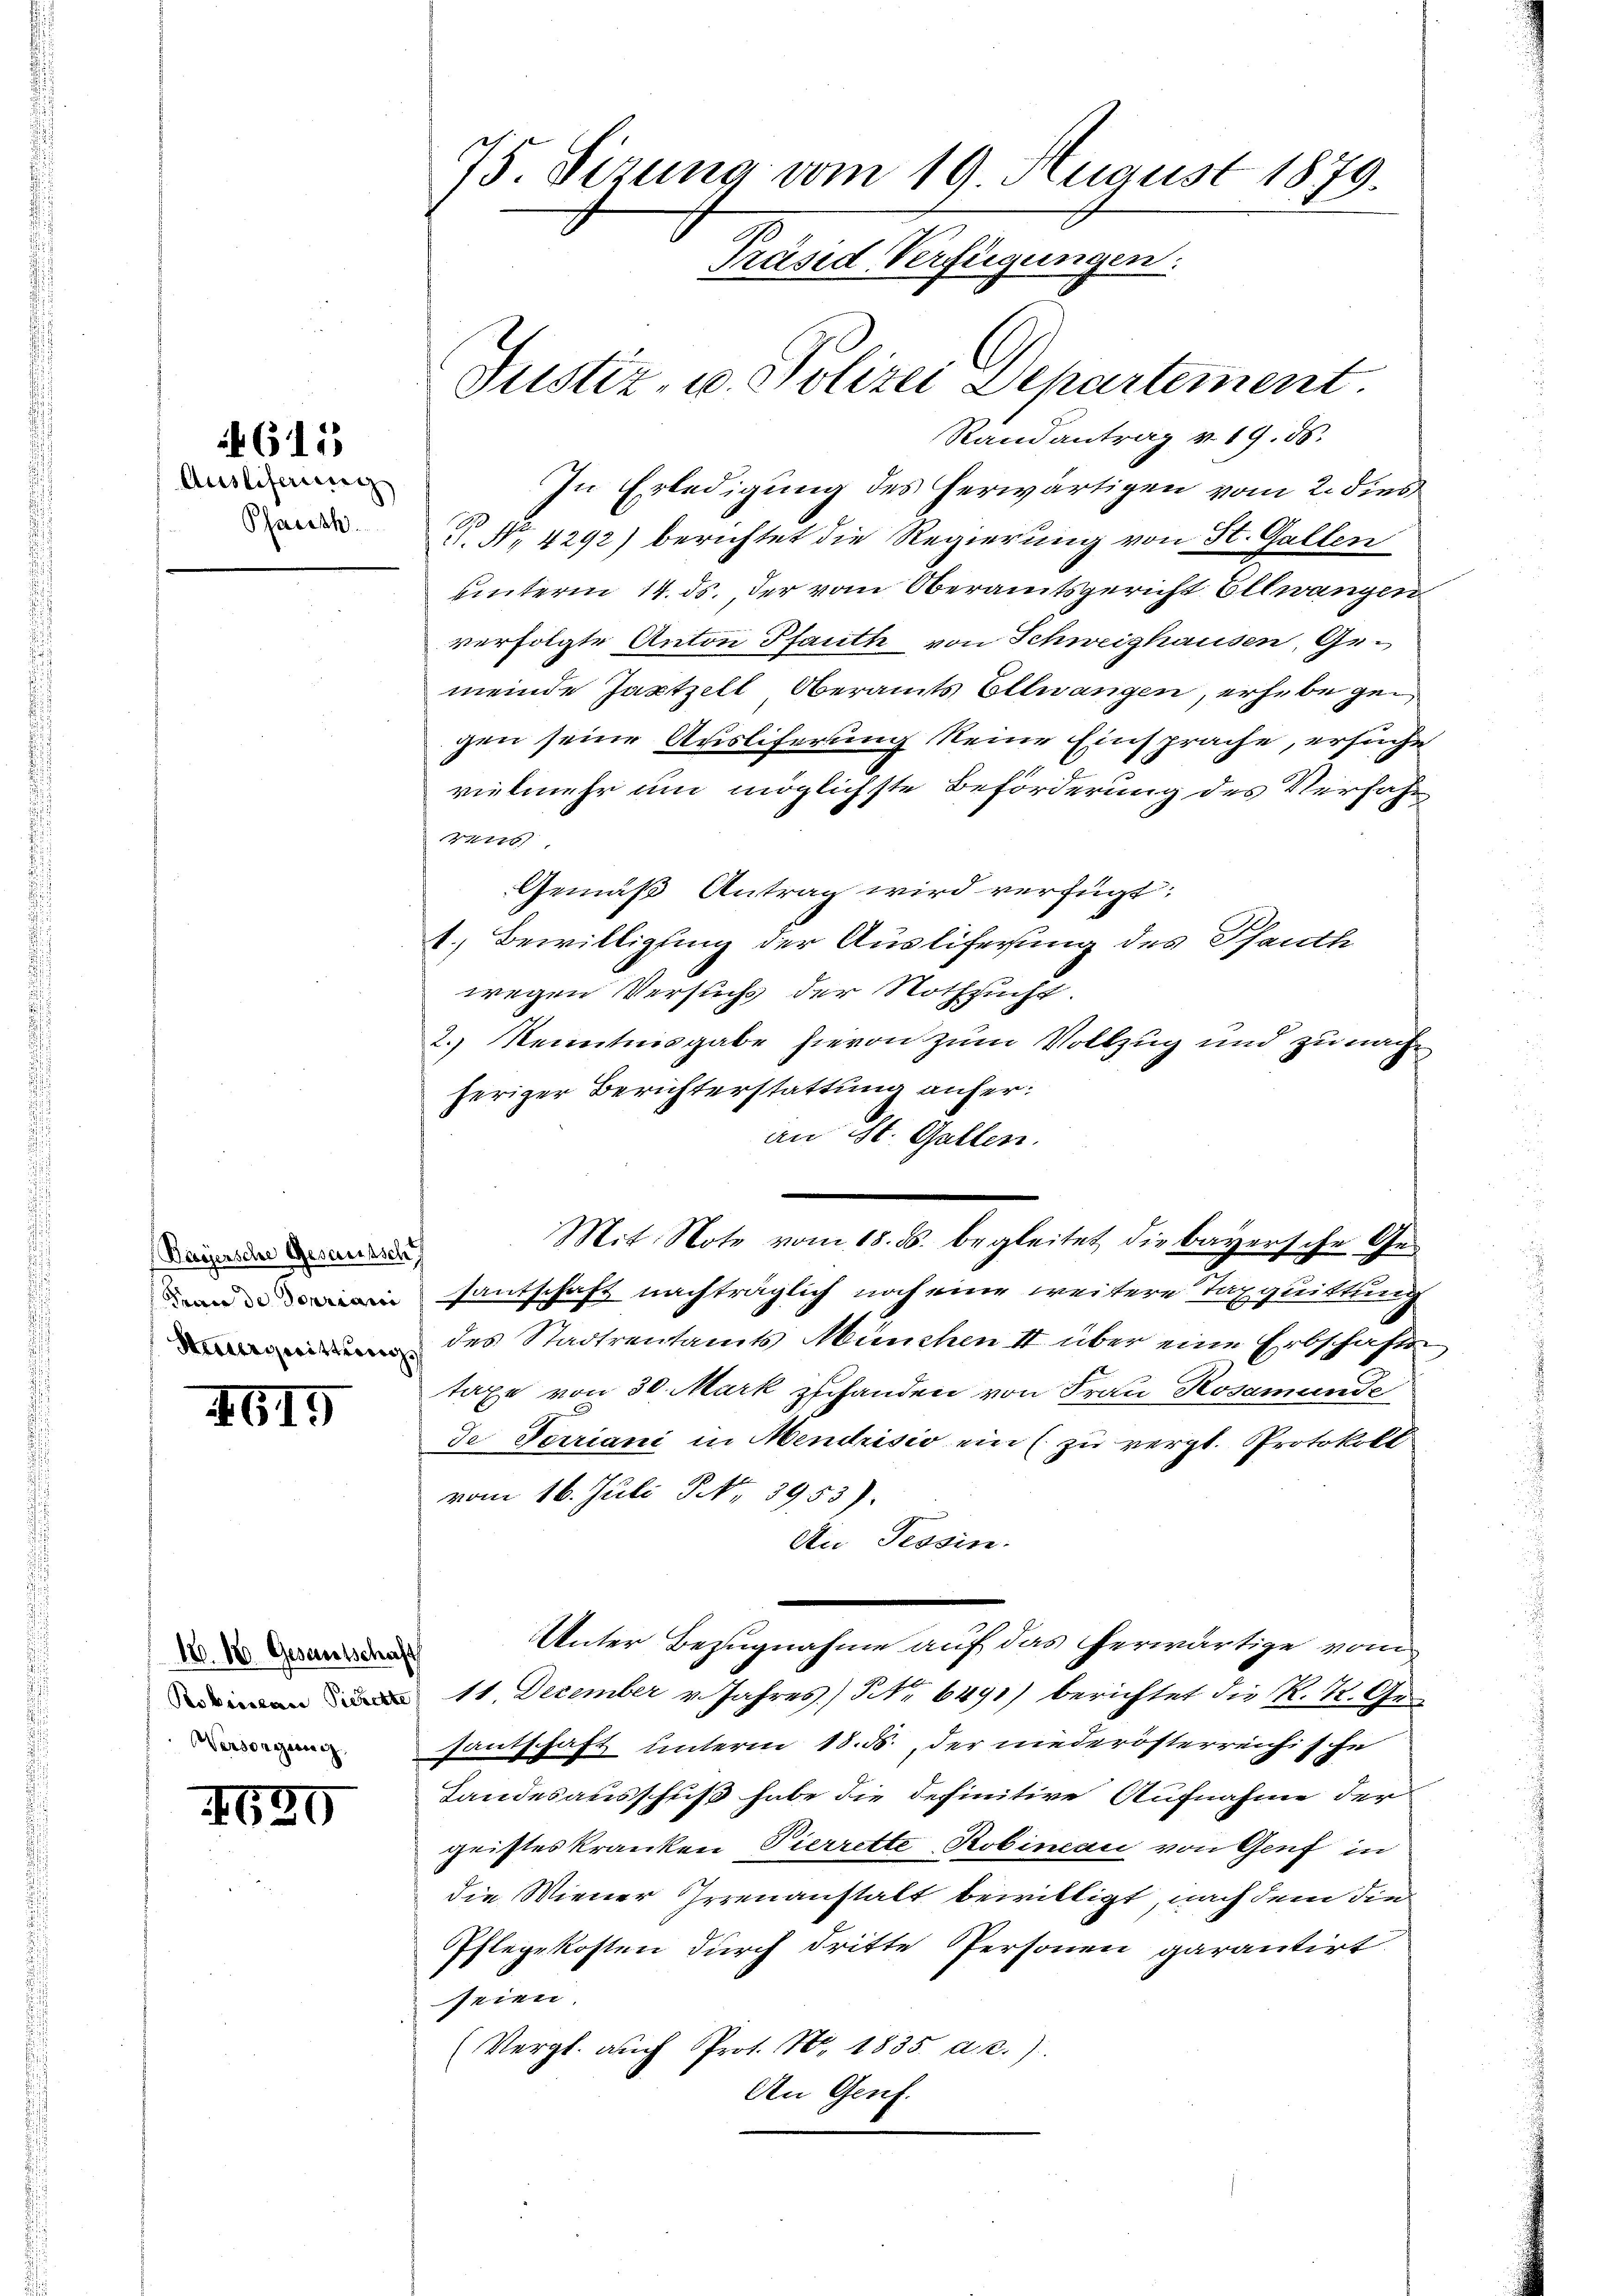
615

Ausliferung
Parisch

Bayersche Gesamtsch,
Trace de Touriacci
Sinterswitterer

IG15

18. 18. Gesantschaft
Robiislau Pickelte
Versorgung

4620

75. Sizung vom 19. August 1879.
Präsid-Verfügungen.
Justiz- u. Polizei Departement

Randantrag v. 19. ds.
In Erledigung des herwärtigen vom 2. dies
 No. 4292) berichtet die Regierung von St. Gallen
unterm 14. ds. der vom Oberamtsgericht Ellwangen
verfolgte Anton Pfauth von Schweighausen, Gemeinde Jantzell, Oberamts Ellwangen, erhebe gegen seine Ausliferung keine Einsprache, ersuche
vielmehr um möglichste Beförderung des Verfahr
41),
Gemäß Antrag wird verfügt:
1.) Bewilligung der Ausliferung des Pfauth
wegen Versuchs der Nothzucht.
2.) Kenntnisgabe hievon zum Vollzug und zu nach
heriger Berichterstattung anfer:
an St. Gallen.
Mit Note vom 18. ds. begleitet die bayersche Ge-
santschaft nachträglich noch eine weitere Taxquittung
des Stadtrentamts München II über eine Erbschafts
taxe von 30. Mark zuhanden von Frau Rosamunde
de Terriani in Mendrisio ein (zu vergl. Protokoll
vom 16. Juli NNo. 3953).
An Tessin.
Unter Bezugnahme auf das herwärtige vom
11 Dezember v. Jahres) Nr. 6491) berichtet die K. K. Gesantschaft unterm 18. ds. der niederösterreichische
Landesausschuß habe die definitive Aufnahme der
gristeskranken Pierrette Robincau von Genf in
die Wiener Irrenanstalt bewilligt, nach dem die
Pflegekosten durch dritte Personen garantirt
seien.
(Vergl. auch Prot. N. 1835. a. c.)
An Genf.